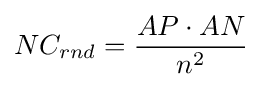
NC_{rnd}={\frac {AP\cdot AN}{n^{2}}}